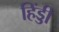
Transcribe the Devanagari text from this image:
हिंड्डी